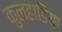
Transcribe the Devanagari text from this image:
कुलहाडिया